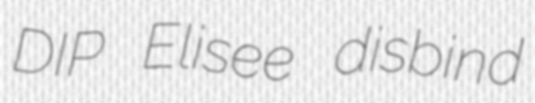
DIP Elisee disbind